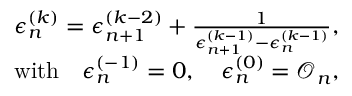
\begin{array} { r l r } & { } & { \epsilon _ { n } ^ { ( k ) } = \epsilon _ { n + 1 } ^ { ( k - 2 ) } + \frac { 1 } { \epsilon _ { n + 1 } ^ { ( k - 1 ) } - \epsilon _ { n } ^ { ( k - 1 ) } } , } \\ & { } & { \mathrm { w i t h \quad } \epsilon _ { n } ^ { ( - 1 ) } = 0 , \quad \epsilon _ { n } ^ { ( 0 ) } = \mathcal { O } _ { n } , } \end{array}